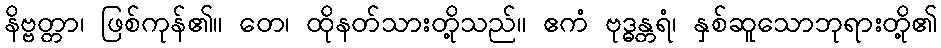
နိဗ္ဗတ္တာ၊ ဖြစ်ကုန်၏။ တေ၊ ထိုနတ်သားတို့သည်။ ဧကံ ဗုဒ္ဓန္တရံ၊ နှစ်ဆူသောဘုရားတို့၏